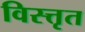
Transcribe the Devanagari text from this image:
विस्त्तृत